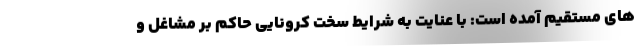
های مستقیم آمده است: با عنایت به شرایط سخت کرونایی حاکم بر مشاغل و